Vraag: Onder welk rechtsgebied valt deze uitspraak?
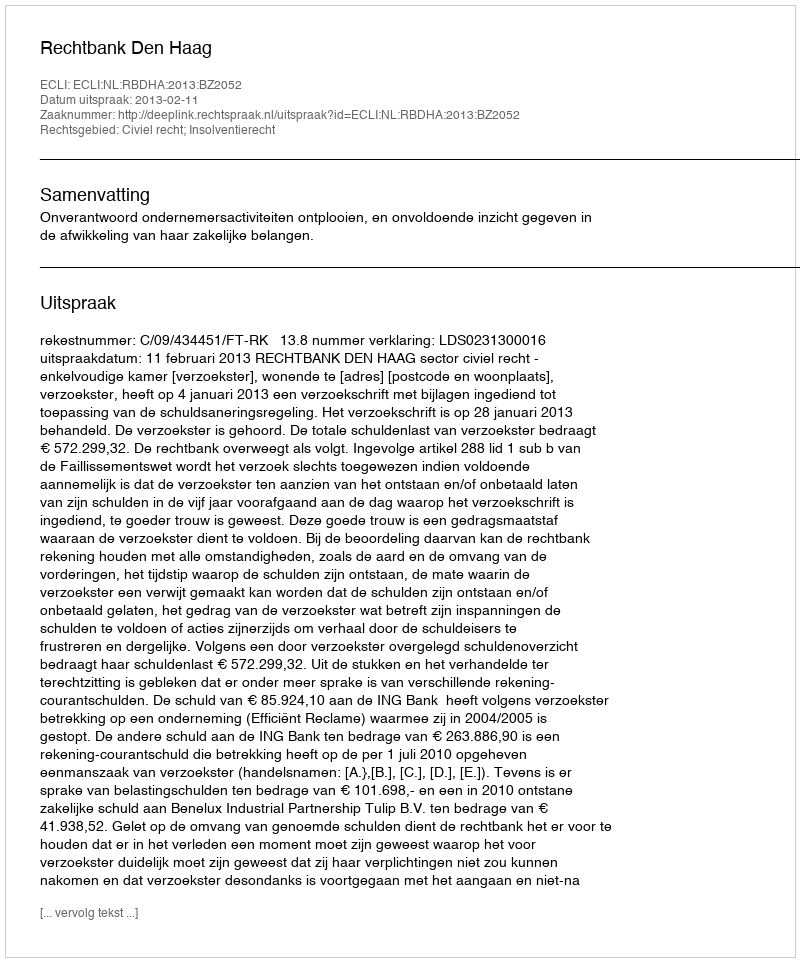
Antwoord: Civiel recht; Insolventierecht